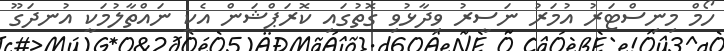
ހޯމް މިނިސްޓަރު އުމަރު ނަސީރު ވިދާޅުވި ގޮތުގައި ކޮރަޕްޝަން އެކީ ނައްތާލުމަކީ އުނދަގޫ